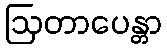
ဩတာပေန္တာ